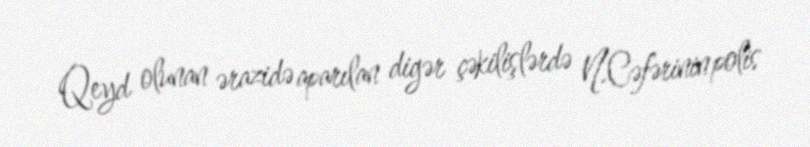
Qeyd olunan ərazidə aparılan digər çəkilişlərdə N.Cəfərinin polis